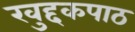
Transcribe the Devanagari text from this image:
खुद्दकपाठ